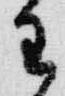
王